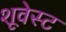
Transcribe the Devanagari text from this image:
शूवेस्ट